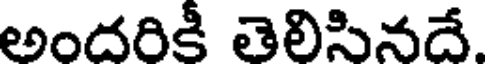
అందరికీ తెలిసినదే